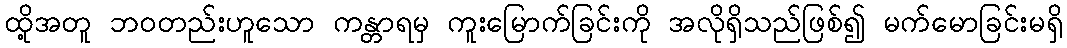
ထို့အတူ ဘဝတည်းဟူသော ကန္တာရမှ ကူးမြောက်ခြင်းကို အလိုရှိသည်ဖြစ်၍ မက်မောခြင်းမရှိ